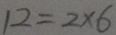
1 2 = 2 \times 6